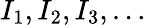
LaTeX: I_{1},I_{2},I_{3},\ldots